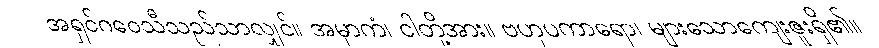
အရှင်ဂဝေသီသည်သာလျှင်။ အမှာကံ၊ ငါတို့အား။ ဗဟုပကာရော၊ များသောကျေးဇူးရှိ၏။